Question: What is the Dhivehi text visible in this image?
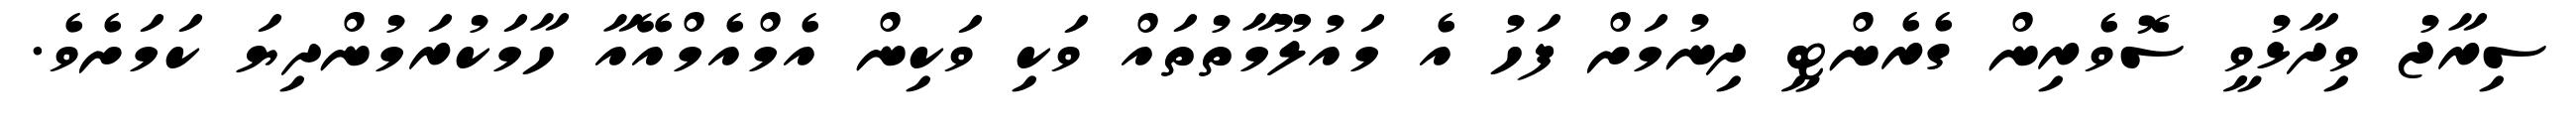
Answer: ސިރާޖު ވިދާޅުވީ ސޮވެރިން ގެރެންޓީ ދިނުމަށް ފަހު އެ މައުލޫމާތުތައް ވަކި ވަކިން އެމްއެމްއޭއާ ހާމަކުރަމުންދިޔަ ކަމަށެވެ.